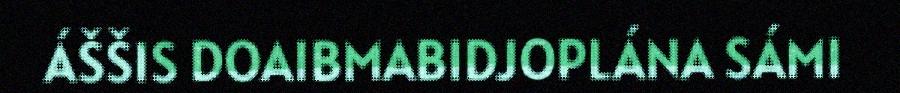
ÁŠŠIS DOAIBMABIDJOPLÁNA SÁMI